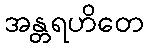
အန္တရဟိတေ